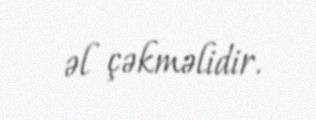
əl çəkməlidir.